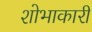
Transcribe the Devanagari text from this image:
शोभाकारी